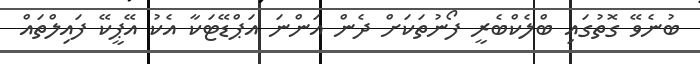
ބުނެވޭ ގޮތުގައި ބްލެކްބެރީ ފޯނުތަކަށް ދެން އަންނަ އަޕްޑޭޓަކާ އެކު އޭޕީކޭ ފައިލްތައް